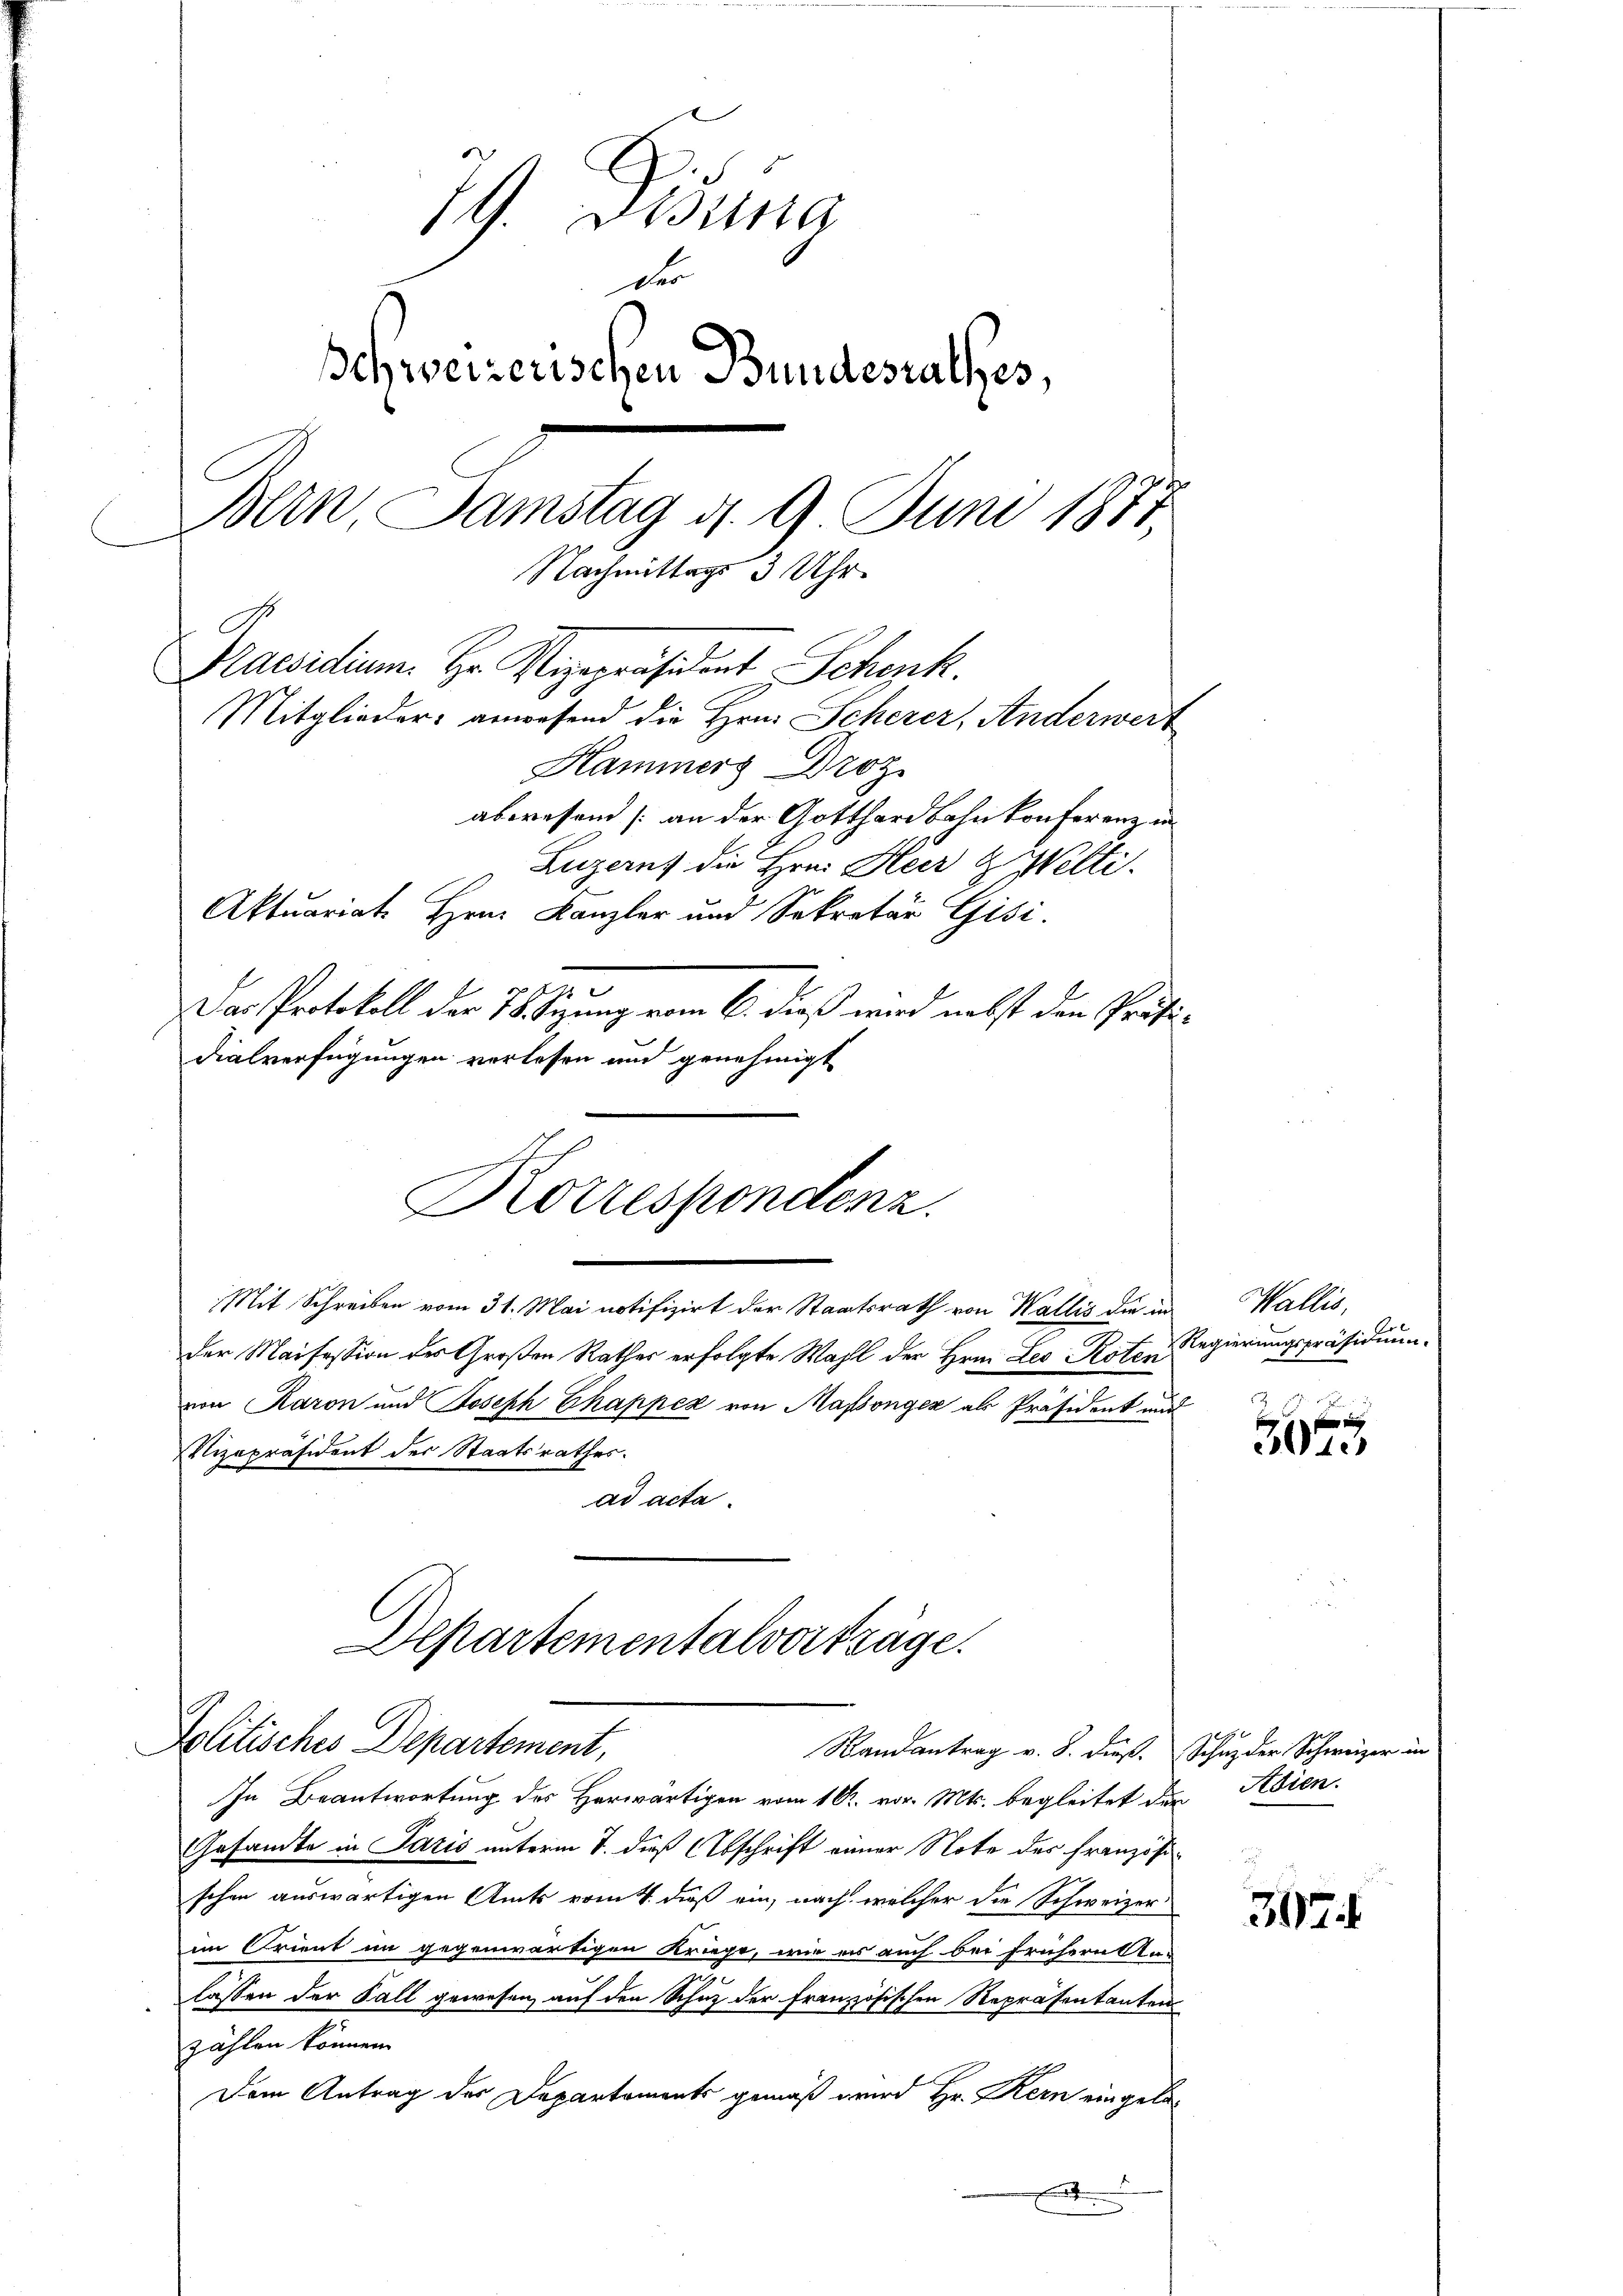
G. Die
der
Schweizerischen Bundestalles,
Bern, Samstag d. 9 Juni 1871,
Nachmittags 3 Uhr
Praesidium. Hr. Vizepräsident Schenk.
Mitglieder anwesend die Hrn. Scherer, Anderwert
Hammers Droz.

dialverfügungen verlesen und genehmigt
Korrespondenz.
Mit Schreiben vom 31. Mai notifizirt der Staatsrath von Wallis die in Wallis,

abwesend (an der Gotthardbahnkonferenz in
Luzern die Hrn. Heer & Welti.
Aktuariate Hrn. Kanzler und Sekretär Gisi
Das Protokoll der 78. Segung vom 6. dieß wird nebst den Präsider Maisession des Großen Rathes erfolgte Wahl der Hrn. Les Roten Regierungspräsidium
von Raron und Joseph Chappez von Massenger als Präsident und
Vizepräsident der Staatsrathes.
ad acta.
Departementalvorträge.
Politisches Departement,
Randantrag v. 8. dieß. Schuz der Schweizer in
In Beantwortung des Herwärtigen vom 10t. vor. Mts. begleitet der
Gesandte in Paris unterm 7. dieß (Abschrift einer Note des Französi
schen auswärtigen Amts vom 4. daß ein, nach welcher die Schweizer
im Orient im gegenwärtigen Kriege, wie es auch bei frühern An-
lassen der Fall gewesen, auf den Schutz der Französischen Repräsentanten
zählen können.
Dem Antrag des Departements gemäß wird Hr. Kern eingela¬

F
301

Adien.

37